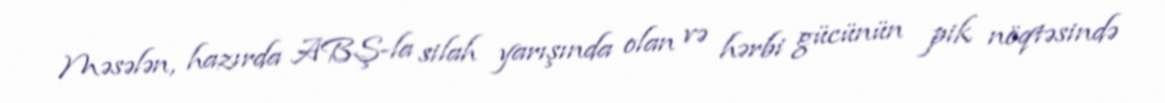
Məsələn, hazırda ABŞ-la silah yarışında olan və hərbi gücünün pik nöqtəsində